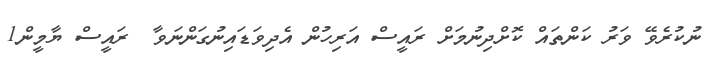
ނުކުރެވޭ ވަރު ކަންތައް ކޮށްދިނުމަށް ރައީސް އަރިހުން އެދިވަޑައިނުގަންނަވާ  ރައީސް ޔާމީން1